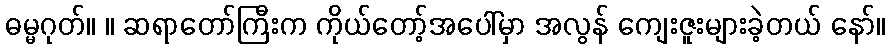
ဓမ္မဂုတ်။ ။ ဆရာတော်ကြီးက ကိုယ်တော့်အပေါ်မှာ အလွန် ကျေးဇူးများခဲ့တယ် နော်။